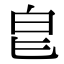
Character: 𭽇